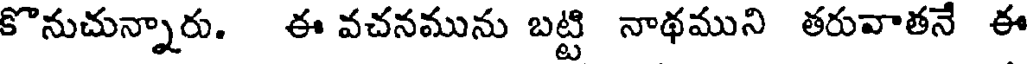
కొనుచున్నారు. ఈ వచనమును బట్టి నాథముని తరువాతనే ఈ